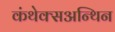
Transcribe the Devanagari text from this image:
कंथेक्सअन्थिन